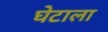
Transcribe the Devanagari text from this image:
घेटाला